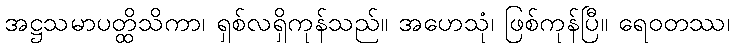
အဋ္ဌသမာပတ္ထိသိကာ၊ ရှစ်လရှိကုန်သည်။ အဟေသုံ၊ ဖြစ်ကုန်ပြီ။ ရေဝတဿ၊